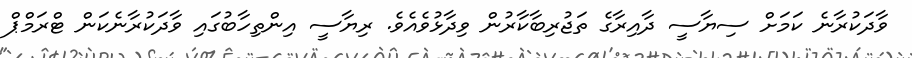
ވާދަކުރާނެ ކަމަށް ސިޔާސީ ދާއިރާގެ ތަޖުރިބާކާރުން ވިދާޅުވެއެވެ. ރިޔާސީ އިންތިހާބުގައި ވާދަކުރާނެކަން ޓްރަމްޕް